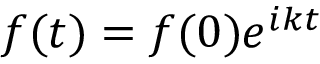
f ( t ) = f ( 0 ) e ^ { i k t }